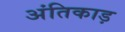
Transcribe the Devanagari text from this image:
अंतिकाड़